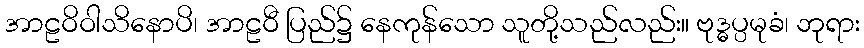
အာဠဝိဝါသိနောပိ၊ အာဠဝီ ပြည်၌ နေကုန်သော သူတို့သည်လည်း။ ဗုဒ္ဓပ္ပမုခံ၊ ဘုရား